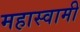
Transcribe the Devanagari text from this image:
महास्वामी